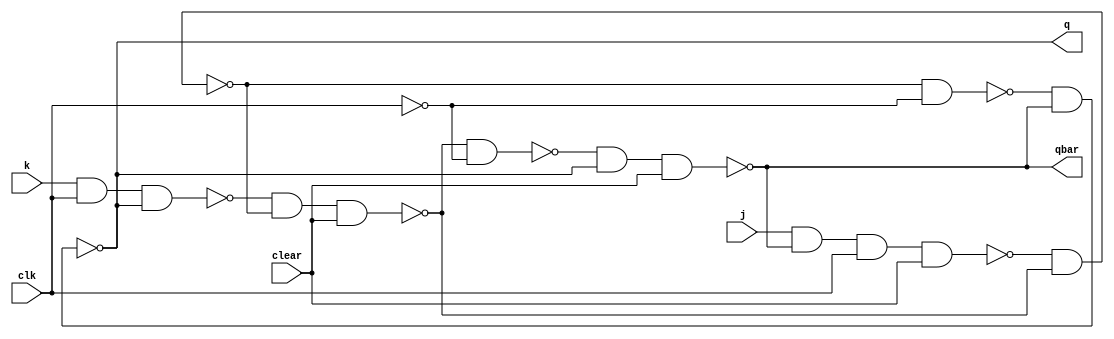
module jkff(q, qbar, j, k, clear, clk);

    input j, k, clear, clk;
    output q, qbar;
    
    wire n1_out, n2_out, n3_out, n4_out, n5_out, n6_out, cbar;
    
    nand nand1(n1_out, j, qbar, clk, clear);
    nand nand2(n2_out, k, clk, q);
    
    nand nand3(n3_out, n1_out, n4_out);
    nand nand4(n4_out, n2_out, n3_out, clear);
    
    not n1(cbar, clk);
    
    nand nand5(n5_out, n3_out, cbar);
    nand nand6(n6_out, n4_out, cbar);
    
    nand nand7(q, n5_out, qbar);
    nand nand8(qbar, n6_out, q, clear);
    
endmodule


module Synchronous(q,clk,clear);

	input clear , clk;
	output [1:3] q;
	
	wire j1,k1,j2,k2,j3,k3;
	
	assign j1=q[2]&q[3];
	assign k1=~q[2];
	jkff jk1(q[1],,j1,k1,clear,clk);
      
	assign j2=~(q[1]|q[3]);
	assign k2=q[1];
	jkff jk2(q[2],,j2,k2,clear,clk);


	assign j3=q[2];
	assign k3=~q[1]|q[2];
      jkff jk3(q[3],,j3,k3,clear,clk);
endmodule